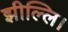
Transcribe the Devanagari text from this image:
झील्‍लि।